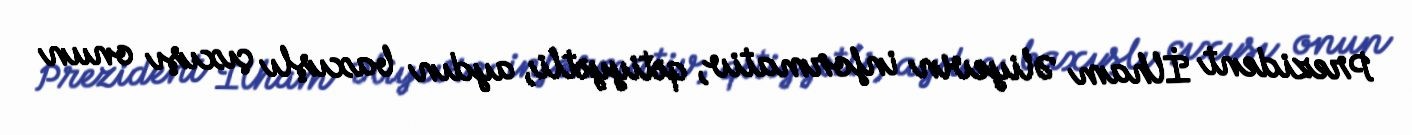
Prezident İlham Əliyevin informativ, qətiyyətli, aydın baxışlı çıxışı onun